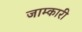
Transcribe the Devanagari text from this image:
जाम्कारी